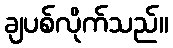
ချပစ်လိုက်သည်။